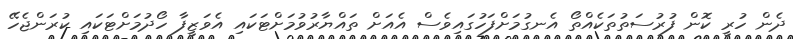
ދެން ހުރީ ކޮން ފުރުސަތުތަކެއްތޯ އެނގުމަށްފަހުގައިވެސް އެއަށް ތައްޔާރުވުމަށްޓަކައި އެވަޒީފާ ހޯދުމަށްޓަކައި ކުރަންޖެހޭ